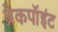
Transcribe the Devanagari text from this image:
ब्रेकपॉइंट